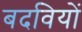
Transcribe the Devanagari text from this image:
बदवियों